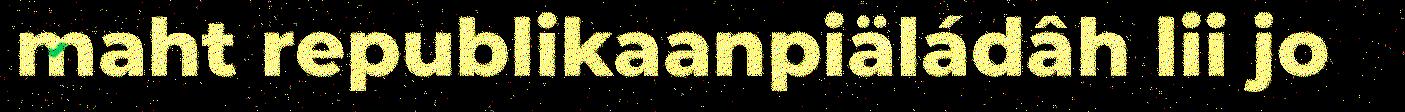
maht republikaanpiäládâh lii jo